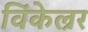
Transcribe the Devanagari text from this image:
विंकेल्रर